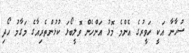
ސުހާނާ އަކީ ހަވީރުގެ އެންމެ މޮޅު އަންހެން ވޮލީބޯޅަ ކުޅުންތެރިއާގެ މަގާމު ހޯދި